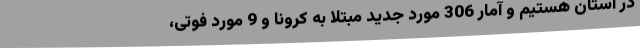
در استان هستیم و آمار 306 مورد جدید مبتلا به کرونا و 9 مورد فوتی،